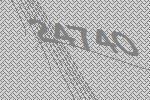
24740